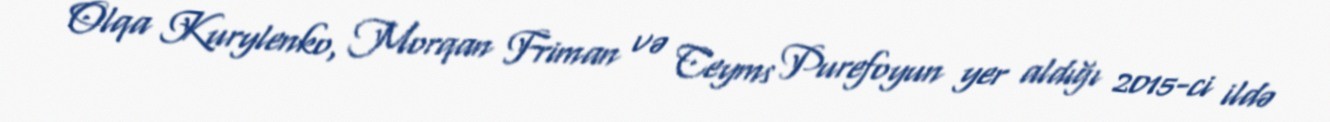
Olqa Kurylenko, Morqan Friman və Ceyms Purefoyun yer aldığı 2015-ci ildə